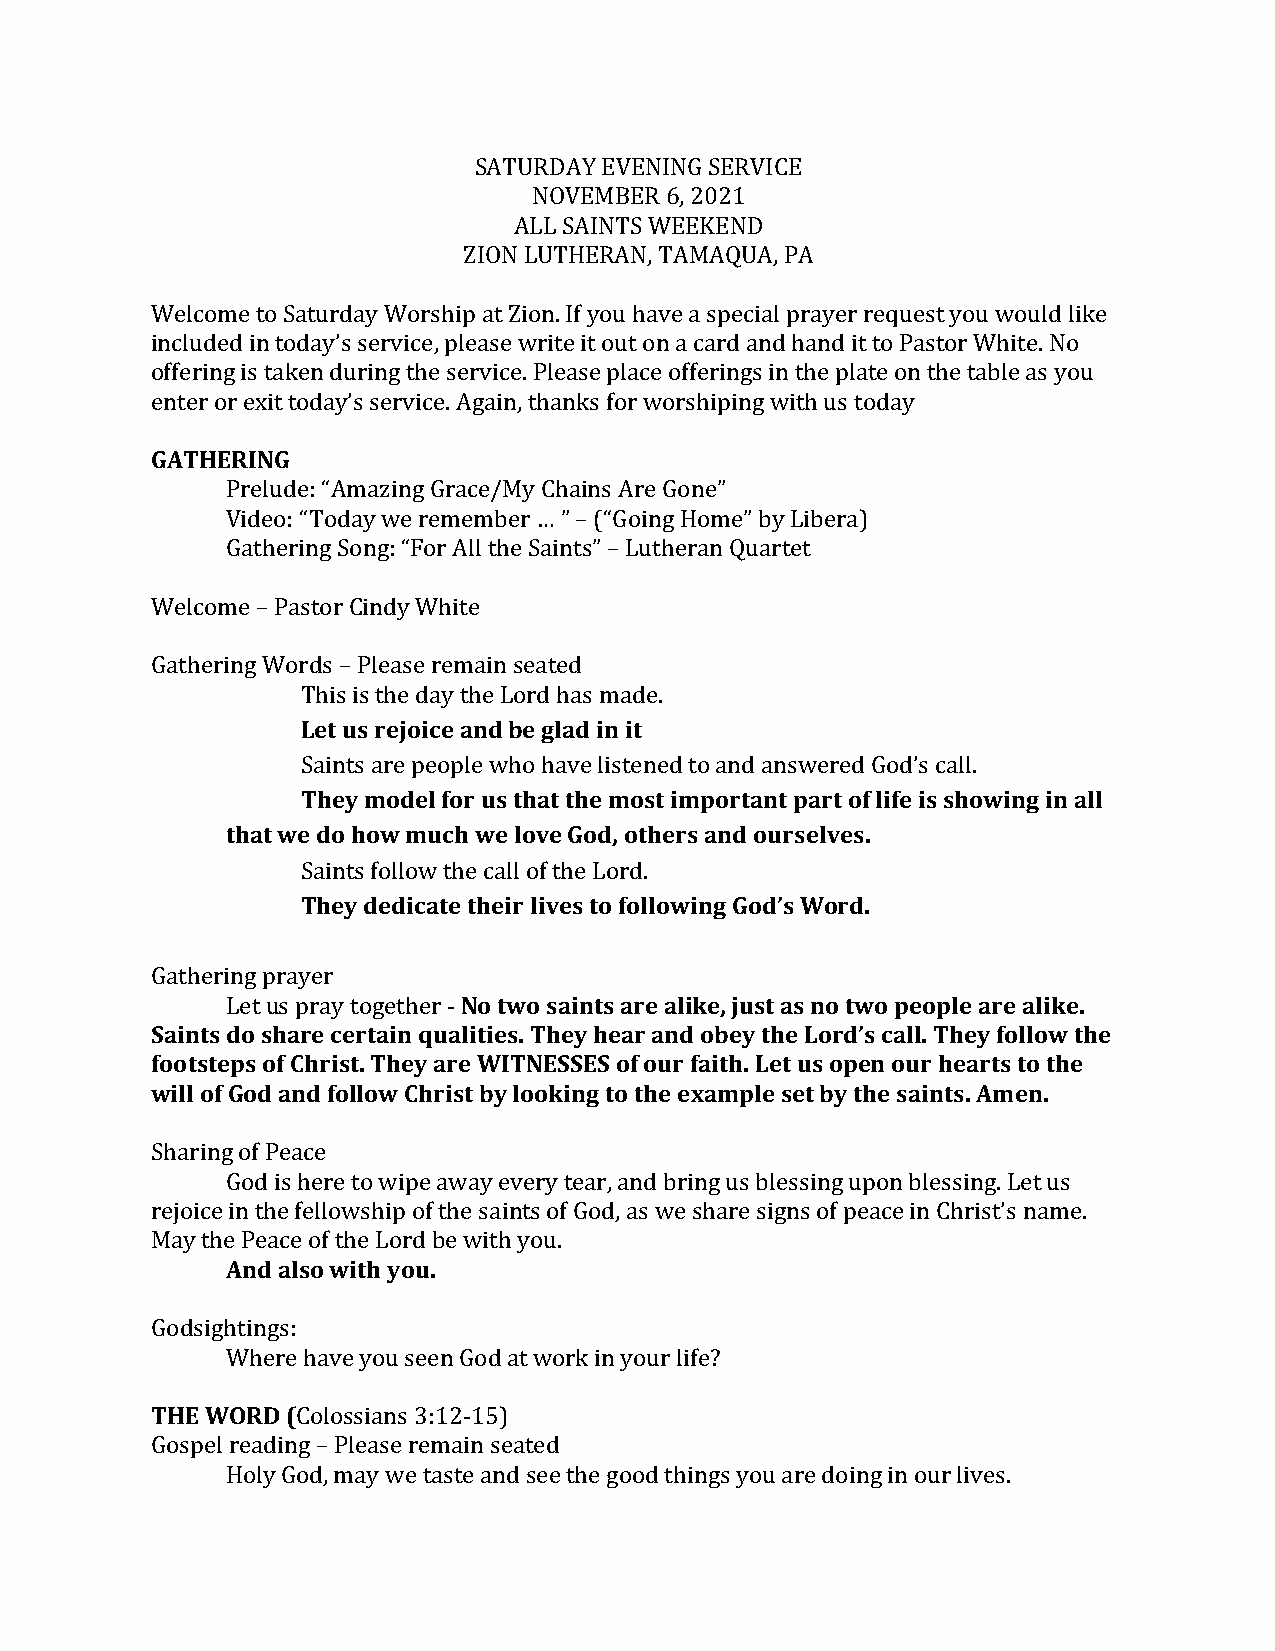
SATURDAY EVENING SERVICE
 NOVEMBER 6, 2021
 ALL SAINTS WEEKEND
 ZION LUTHERAN, TAMAQUA, PA
 Welcome to Saturday Worship at Zion. If you have a special prayer request you would like
 included in today’s service, please write it out on a card and hand it to Pastor White. No
 offering is taken during the service. Please place offerings in the plate on the table as you
 enter or exit today’s service. Again, thanks for worshiping with us today
 GATHERING
 Prelude: “Amazing Grace/My Chains Are Gone”
 Video: “Today we remember … ” – (“Going Home” by Libera)
 Gathering Song: “For All the Saints” – Lutheran Quartet
 Welcome – Pastor Cindy White
 Gathering Words – Please remain seated
 This is the day the Lord has made.
 Let us rejoice and be glad in it
 Saints are people who have listened to and answered God’s call.
 They model for us that the most important part of life is showing in all
 that we do how much we love God, others and ourselves.
 Saints follow the call of the Lord.
 They dedicate their lives to following God’s Word.
 Gathering prayer
 Let us pray together - No two saints are alike, just as no two people are alike.
 Saints do share certain qualities. They hear and obey the Lord’s call. They follow the
 footsteps of Christ. They are WITNESSES of our faith. Let us open our hearts to the
 will of God and follow Christ by looking to the example set by the saints. Amen.
 Sharing of Peace
 God is here to wipe away every tear, and bring us blessing upon blessing. Let us
 rejoice in the fellowship of the saints of God, as we share signs of peace in Christ’s name.
 May the Peace of the Lord be with you.
 And also with you.
 Godsightings:
 Where have you seen God at work in your life?
 THE WORD (Colossians 3:12-15)
 Gospel reading – Please remain seated
 Holy God, may we taste and see the good things you are doing in our lives.